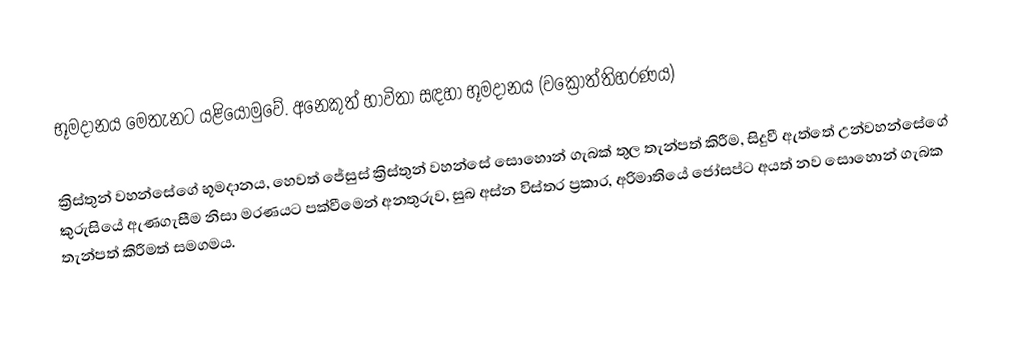
භූමදානය මෙතැනට යළියොමුවේ. අනෙකුත් භාවිතා සඳහා භූමදානය (වක්‍රෝත්තිහරණය)

ක්‍රිස්තුන් වහන්සේගේ භූමදානය, හෙවත් ජේසුස් ක්‍රිස්තුන් වහන්සේ සොහොන් ගැබක් තුල තැන්පත් කිරීම, සිදුවී ඇත්තේ උන්වහන්සේගේ  කුරුසියේ ඇණගැසීම නිසා මරණයට පක්වීමෙන් අනතුරුව, සුබ අස්න විස්තර ප්‍රකාර, අරිමාතියේ ජෝසප්ට අයත් නව සොහොන් ගැබක තැන්පත් කිරීමත් සමගමය.